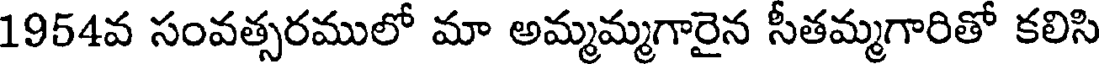
1954వ సంవత్సరములో మా అమ్మమ్మగారైన సీతమ్మగారితో కలిసి